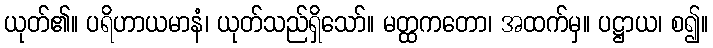
ယုတ်၏။ ပရိဟာယမာနံ၊ ယုတ်သည်ရှိသော်။ မတ္ထကတော၊ အထက်မှ။ ပဋ္ဌာယ၊ စ၍။